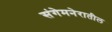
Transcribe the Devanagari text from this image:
संगेमनेरातील